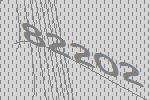
82202